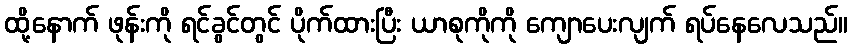
ထို့နောက် ဖုန်းကို ရင်ခွင်တွင် ပိုက်ထားပြီး ယာစုကိုကို ကျောပေးလျက် ရပ်နေလေသည်။